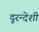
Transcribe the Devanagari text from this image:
दूरन्देशी